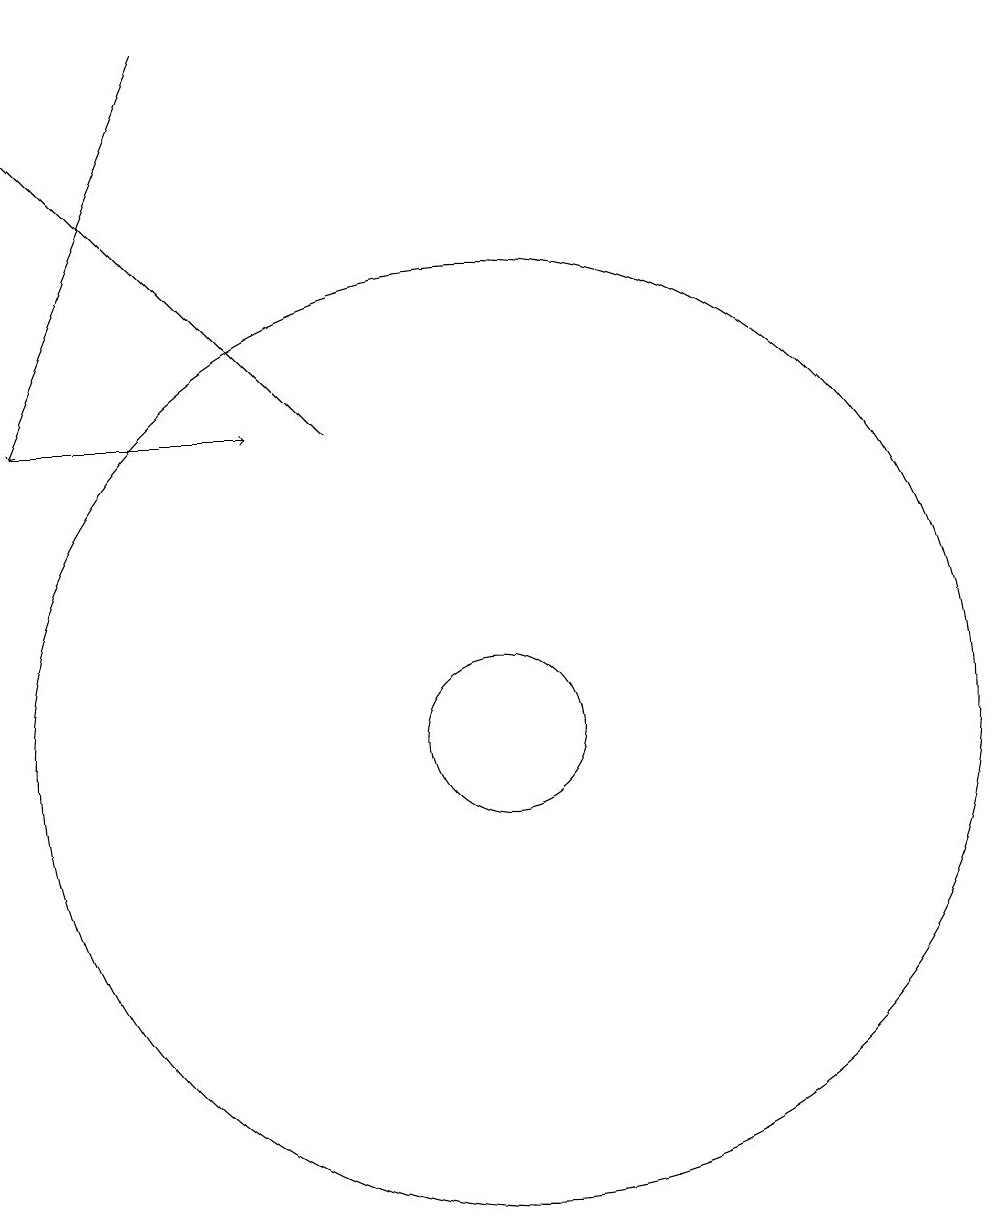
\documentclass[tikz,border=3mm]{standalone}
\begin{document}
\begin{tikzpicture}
\draw (11,10) circle (1);
\draw[->] (5,14) -- (8,14);
\draw[->] (9,14) -- (5,18);
\draw[->] (7,19) -- (5,14);
\draw (11,10) circle (6);
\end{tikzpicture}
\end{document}